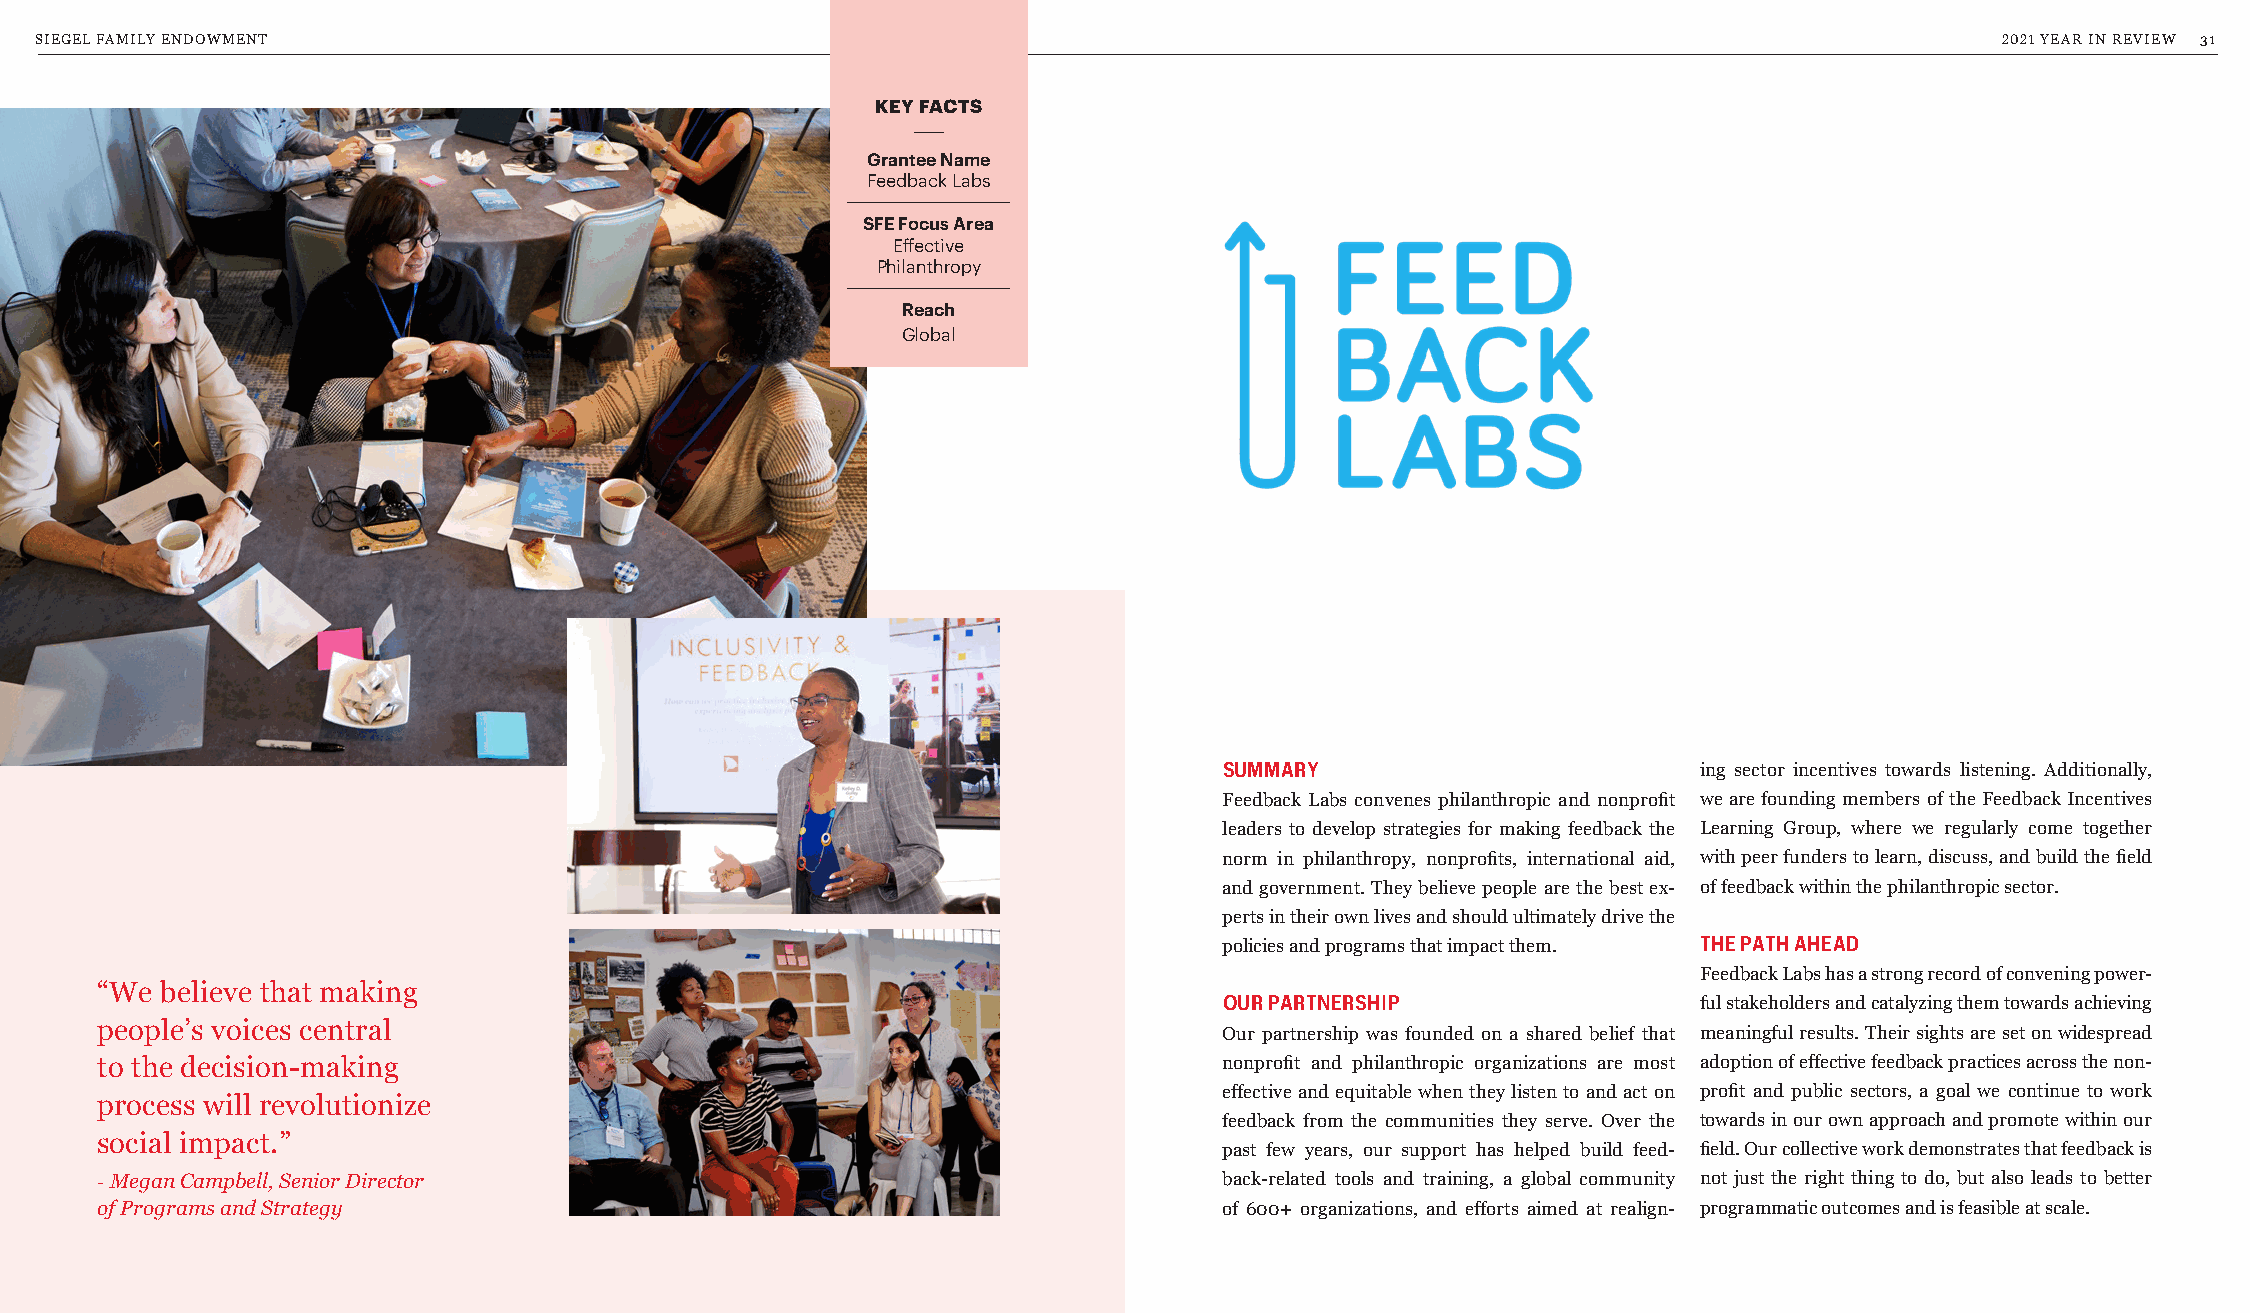
SIEGEL FAMILY ENDOWMENT                                                                                                            2021 YEAR IN REVIEW 31
 KEY FACTS
 Grantee Name
 Feedback Labs
 SFE Focus Area
 Effective
 Philanthropy
 Reach
 Global
 SUMMARY                         ing sector incentives towards listening. Additionally,
 Feedback Labs convenes philanthropic and nonprofit we are founding members of the Feedback Incentives
 leaders to develop strategies for making feedback the Learning Group, where we regularly come together
 norm in philanthropy, nonprofits, international aid, with peer funders to learn, discuss, and build the field
 and government. They believe people are the best ex- of feedback within the philanthropic sector.
 perts in their own lives and should ultimately drive the
 policies and programs that impact them. THE PATH AHEAD
 Feedback Labs has a strong record of convening power-
 “We  believe that making
 OUR PARTNERSHIP                 ful stakeholders and catalyzing them towards achieving
 people’s voices central                                                    Our partnership was founded on a shared belief that meaningful results. Their sights are set on widespread
 to the decision-making                                                     nonprofit and philanthropic organizations are most adoption of effective feedback practices across the non-
 effective and equitable when they listen to and act on profit and public sectors, a goal we continue to work
 process will revolutionize
 feedback from the communities they serve. Over the towards in our own approach and promote within our
 social impact.”
 past few years, our support has helped build feed- field. Our collective work demonstrates that feedback is
 - Megan Campbell, Senior Director                                          back-related tools and training, a global community not just the right thing to do, but also leads to better
 of Programs and Strategy                                                   of 600+ organizations, and efforts aimed at realign- programmatic outcomes and is feasible at scale.